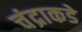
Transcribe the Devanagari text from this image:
चंद्राकडे